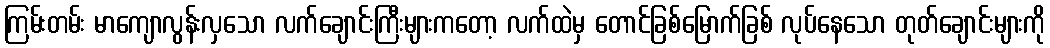
ကြမ်းတမ်း မာကျောလွန်းလှသော လက်ချောင်းကြီးများကတော့ လက်ထဲမှ တောင်ခြစ်မြောက်ခြစ် လုပ်နေသော တုတ်ချောင်းများကို